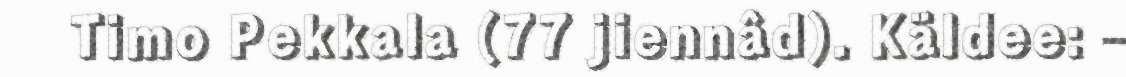
Timo Pekkala (77 jiennâd). Käldee: –